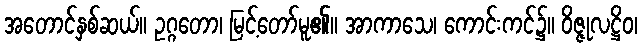
အတောင်နှစ်ဆယ်။ ဥဂ္ဂတော၊ မြင့်တော်မူ၏။ အာကာသေ၊ ကောင်းကင်၌။ ဝိဇ္ဇုလဋ္ဌိဝ၊